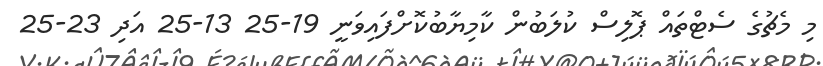
މި މެޗުގެ ސެޓްތައް ޕޮލިސް ކުލަބުން ކާމިޔާބުކޮށްފައިވަނީ 19-25 13-25 އަދި 23-25